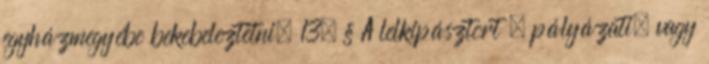
egyházmegyébe bekebeleztetni. 13. § A lelkipásztort – pályázati, vagy